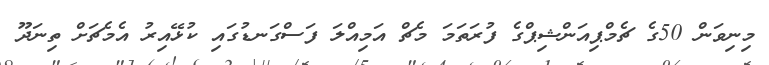
މިނިވަން 50ގެ ޗެމްޕިއަންޝިޕްގެ ފުރަތަމަ މެޗް އަމިއްލަ ފަސްގަނޑުގައި ކުޅޭއިރު އެމެޗަށް ތިނަދޫ